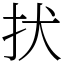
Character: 㧋